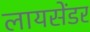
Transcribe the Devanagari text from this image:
लायसेंडर